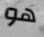
هو